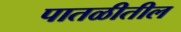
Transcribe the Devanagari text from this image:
पातळीतील